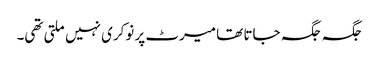
جگہ جگہ جاتا تھا میرٹ پر نوکری نہیں ملتی تھی۔